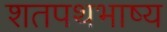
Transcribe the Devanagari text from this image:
शतपथभाष्य